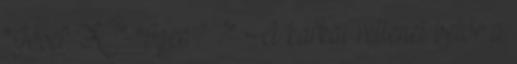
"Josef K?" "Igen? ?" A kafkai rettenet betör a